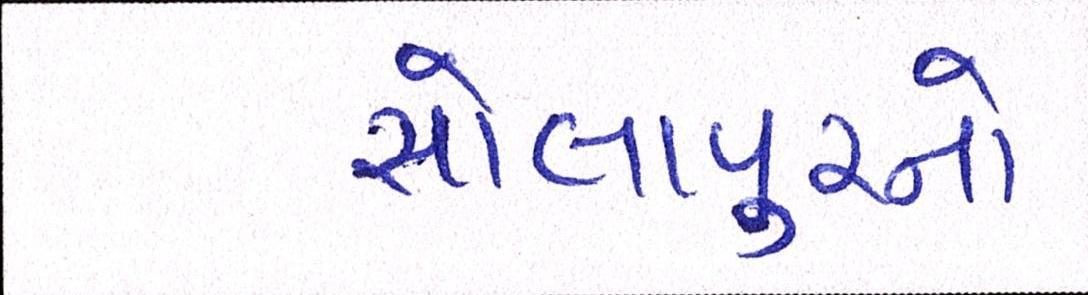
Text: સોલાપુરનો